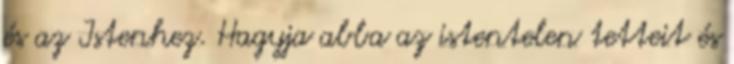
és az Istenhez. Hagyja abba az istentelen tetteit és